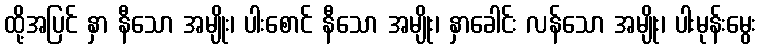
ထို့အပြင် နှာ နီသော အမျိုး၊ ပါးစောင် နီသော အမျိုး၊ နှာခေါင်း လန်သော အမျိုး၊ ပါးမုန်းမွေး